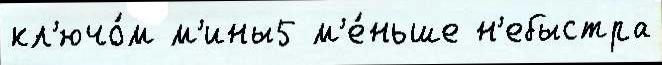
кл'ючо́м м'ины5 м'е́ньше н'ебыстра